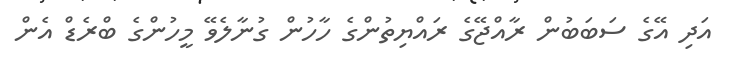
އަދި އޭގެ ސަބަބުން ރާއްޖޭގެ ރައްޔިތުންގެ ހާހުން ގުނާލެވޭ މީހުންގެ ބްރެޑް އެން